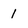
Character: 1